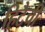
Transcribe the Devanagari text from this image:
हिटैची